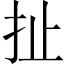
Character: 扯